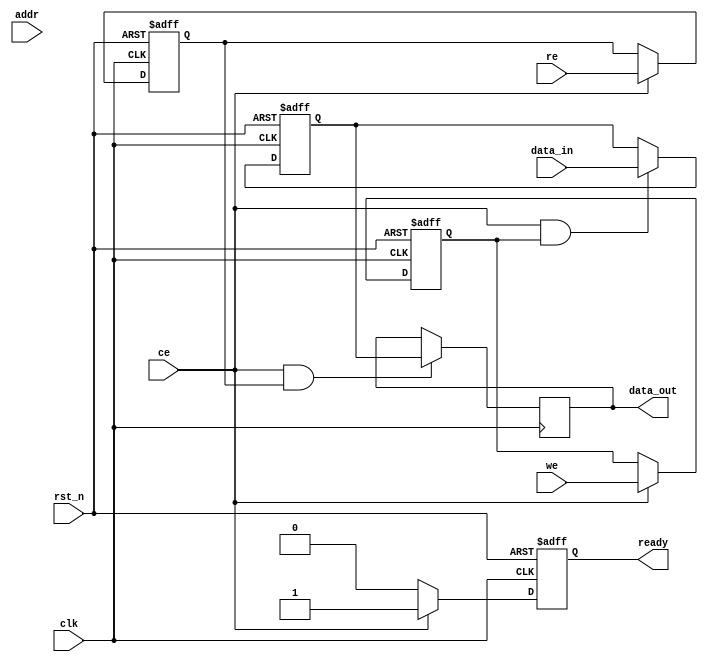
module FeRAM_IO_Block (
    input wire clk,                // System clock
    input wire rst_n,              // Active low reset
    input wire ce,                 // Chip enable
    input wire we,                 // Write enable
    input wire re,                 // Read enable
    input wire [ADDRESS_WIDTH-1:0] addr, // Address input
    input wire [DATA_WIDTH-1:0] data_in, // Data input
    output reg [DATA_WIDTH-1:0] data_out, // Data output
    output reg ready               // Ready signal for external circuitry
);

parameter ADDRESS_WIDTH = 8;      // Example address width
parameter DATA_WIDTH = 8;         // Example data width

// Internal signals
reg [DATA_WIDTH-1:0] data_buffer; // Data input buffer
reg [ADDRESS_WIDTH-1:0] internal_addr; // Internal address
reg write_enable;                 // Internal write enable
reg read_enable;                  // Internal read enable

// Address Decoder
always @(posedge clk or negedge rst_n) begin
    if (!rst_n) begin
        internal_addr <= 0;
    end else if (ce) begin
        internal_addr <= addr; // Latch address when chip is enabled
    end
end

// Control Signal Interface
always @(posedge clk or negedge rst_n) begin
    if (!rst_n) begin
        write_enable <= 0;
        read_enable <= 0;
        ready <= 0;
    end else if (ce) begin
        write_enable <= we;
        read_enable <= re;
        ready <= 1; // Indicate ready to process
    end else begin
        ready <= 0; // Not ready when chip is disabled
    end
end

// Data Input Buffer
always @(posedge clk or negedge rst_n) begin
    if (!rst_n) begin
        data_buffer <= 0;
    end else if (ce && write_enable) begin
        data_buffer <= data_in; // Latch incoming data
    end
end

// Write Driver (simplified)
always @(posedge clk) begin
    if (ce && write_enable) begin
        // Apply programming pulse to memory cells (not implemented)
        // This would typically involve driving specific lines based on internal_addr
    end
end

// Read Sense Amplifier (simplified)
always @(posedge clk) begin
    if (ce && read_enable) begin
        // Read data from memory cells (not implemented)
        // This would typically involve sensing the data based on internal_addr
        data_out <= data_buffer; // For demonstration, output the buffered data
    end
end

endmodule